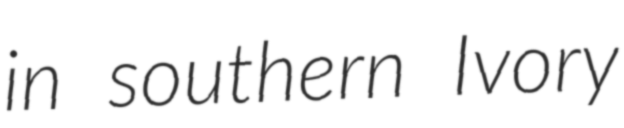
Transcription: in southern Ivory